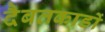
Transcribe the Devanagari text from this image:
दैबतकाडों